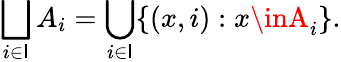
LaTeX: \bigsqcup_{i\in\mathsf{I}}A_{i}=\bigcup_{i\in\mathsf{I}}\{ (x,i):x\inA_{i}\} .